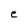
Character: e